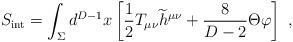
\begin{align*}S_{\rm {\small int}}=\int_\Sigma d^{D-1} x \left[{1\over 2} T_{\mu\nu}{\widetilde h}^{\mu\nu}+{8\over{D-2}}\Theta\varphi\right]~,\end{align*}